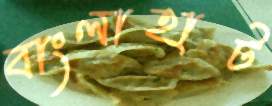
বাংলাহাট